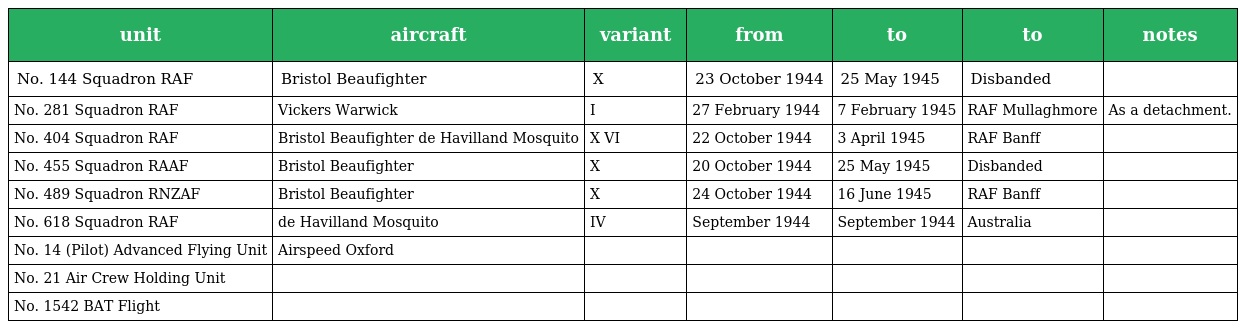
| unit | aircraft | variant | from | to | to | notes |
 | --- | --- | --- | --- | --- | --- | --- |
 | No. 144 Squadron RAF | Bristol Beaufighter | X | 23 October 1944 | 25 May 1945 | Disbanded |  |
 | No. 281 Squadron RAF | Vickers Warwick | I | 27 February 1944 | 7 February 1945 | RAF Mullaghmore | As a detachment. |
 | No. 404 Squadron RAF | Bristol Beaufighter de Havilland Mosquito | X VI | 22 October 1944 | 3 April 1945 | RAF Banff |  |
 | No. 455 Squadron RAAF | Bristol Beaufighter | X | 20 October 1944 | 25 May 1945 | Disbanded |  |
 | No. 489 Squadron RNZAF | Bristol Beaufighter | X | 24 October 1944 | 16 June 1945 | RAF Banff |  |
 | No. 618 Squadron RAF | de Havilland Mosquito | IV | September 1944 | September 1944 | Australia |  |
 | No. 14 (Pilot) Advanced Flying Unit | Airspeed Oxford |  |  |  |  |  |
 | No. 21 Air Crew Holding Unit |  |  |  |  |  |  |
 | No. 1542 BAT Flight |  |  |  |  |  |  |